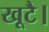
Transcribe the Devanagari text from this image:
खूटै।